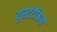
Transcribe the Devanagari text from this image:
युस्टेटीअस